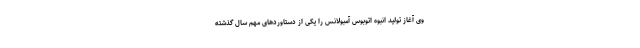
وی آغاز تولید انبوه اتوبوس آمبولانس را یکی از دستاوردهای مهم سال گذشته